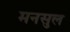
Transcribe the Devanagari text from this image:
मनसुल